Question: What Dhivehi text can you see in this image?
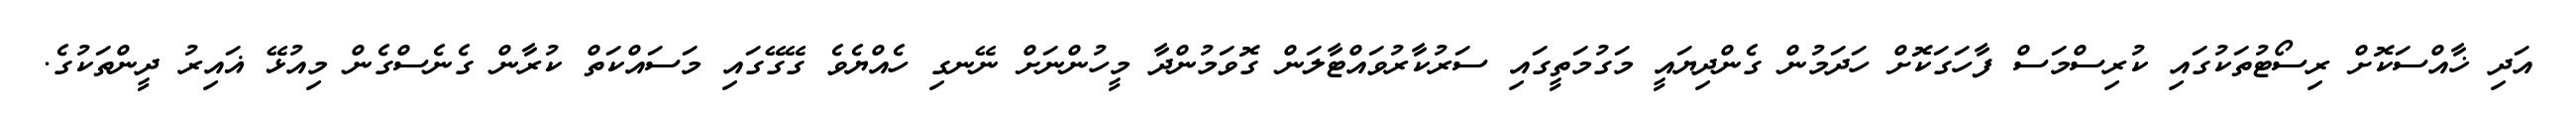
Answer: އަދި ޚާއްސަކޮށް ރިސޯޓުތަކުގައި ކުރިސްމަސް ފާހަގަކޮށް ހަދަމުން ގެންދިޔައީ މަގުމަތީގައި ސަރުކާރުވައްޓާލަން ގޮވަމުންދާ މީހުންނަށް ނޭނގި ހެއްޔެވެ ގޭގޭގައި މަސައްކަތް ކުރާން ގެނެސްގެން މިއުޅޭ ޣައިރު ދީންތަކުގެ.